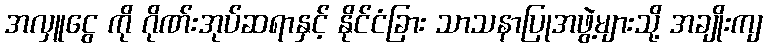
အလှူငွေ ကို ဂိုဏ်းအုပ်ဆရာနှင့် နိုင်ငံခြား သာသနာပြုအဖွဲ့များသို့ အချိုးကျ